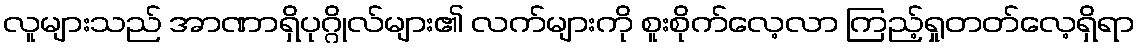
လူများသည် အာဏာရှိပုဂ္ဂိုလ်များ၏ လက်များကို စူးစိုက်လေ့လာ ကြည့်ရှုတတ်လေ့ရှိရာ